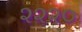
૨૨૨૦